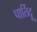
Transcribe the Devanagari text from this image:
पार्तिदू